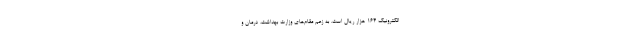
الکترونیک ۱۶۴ هزار ریال است. به زعم مقام‌های وزارت بهداشت، درمان و